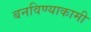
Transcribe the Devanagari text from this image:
बनविण्याकामी